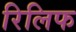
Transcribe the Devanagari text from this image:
रिलिफ